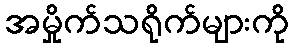
အမှိုက်သရိုက်များကို